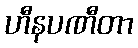
ဟီနပဏီတာ